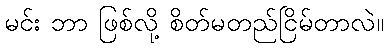
မင်း ဘာ ဖြစ်လို့ စိတ်မတည်ငြိမ်တာလဲ။